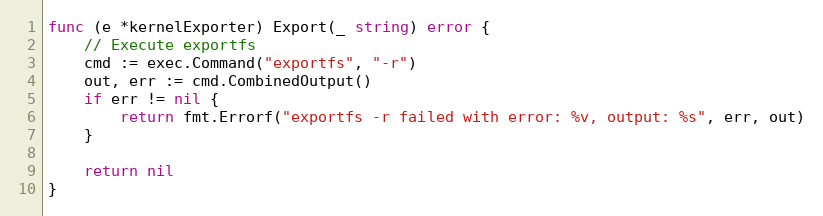
Language: Go
func (e *kernelExporter) Export(_ string) error {
	// Execute exportfs
	cmd := exec.Command("exportfs", "-r")
	out, err := cmd.CombinedOutput()
	if err != nil {
		return fmt.Errorf("exportfs -r failed with error: %v, output: %s", err, out)
	}

	return nil
}